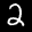
Label: 2